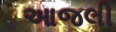
આજલી